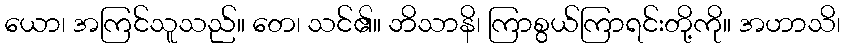
ယော၊ အကြင်သူသည်။ တေ၊ သင်၏။ ဘိသာနိ၊ ကြာစွယ်ကြာရင်းတို့ကို။ အဟာသိ၊